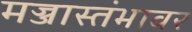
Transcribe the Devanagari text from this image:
मज्जास्तंभावर